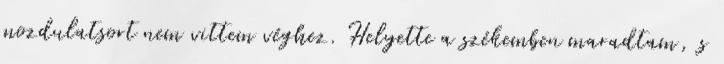
mozdulatsort nem vittem véghez. Helyette a székemben maradtam, s